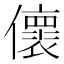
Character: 𠐦